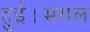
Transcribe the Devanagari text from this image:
हुई।मंगल